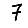
Digit: 7